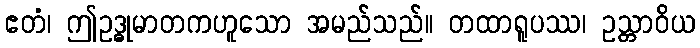
ဧတံ၊ ဤဥဒ္ဓုမာတကဟူသော အမည်သည်။ တထာရူပဿ၊ ဥသ္တာဝိယ